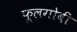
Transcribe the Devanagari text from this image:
फूलगोबी